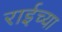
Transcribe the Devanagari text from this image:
राईच्या